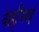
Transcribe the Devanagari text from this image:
वेल्लुपिल्लई